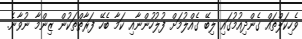
ވެހިކަލްތައް ގެންދިއުމުގައި ލިބޭ ގެއްލުމަށް ފުލުހުންނާއި ކަމާ ބެހޭ ފަރާތްތަކުން ޒިންމާ ނުވާނެ.